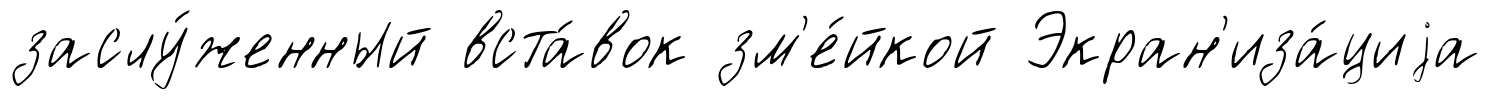
заслу́женный вста́вок зм'е́йкой Экран'иза́циjа